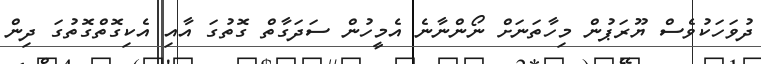
ދުވަހަކުވެސް ޔޫރަޕުން މިހާތަނަށް ނޯންނާނެ އެމީހުން ސަދަގާތް ގޮތުގަ އާއި އެކިގޮތްގޮތުގަ ދިން